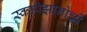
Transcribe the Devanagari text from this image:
स्कापेझानोची